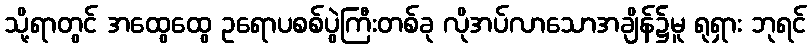
သို့ရာတွင် အထွေထွေ ဥရောပစစ်ပွဲကြီးတစ်ခု လိုအပ်လာသောအချိန်၌မူ ရုရှား ဘုရင်